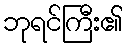
ဘုရင်ကြီး၏